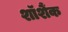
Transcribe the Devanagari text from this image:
शॉशैंक